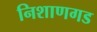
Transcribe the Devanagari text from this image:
निशाणगड